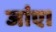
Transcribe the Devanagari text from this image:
जांए।